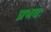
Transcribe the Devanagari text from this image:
प्रभवः